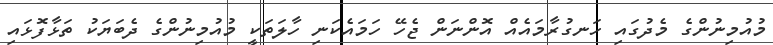
މުއުމިނުންގެ މެދުގައި ހަނގުރާމައެއް އޮންނަން ޖެހޭ ހަމައެކަނި ހާލަތަކީ މުއުމިނުންގެ ދެބަޔަކު ތަޅާފޮޅައި